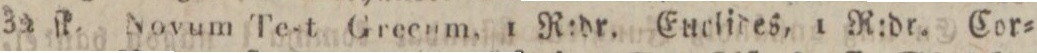
30 ſk. Novum Test Greeum. 1 N:dr. Euelides, 1 R:dr. Cor=